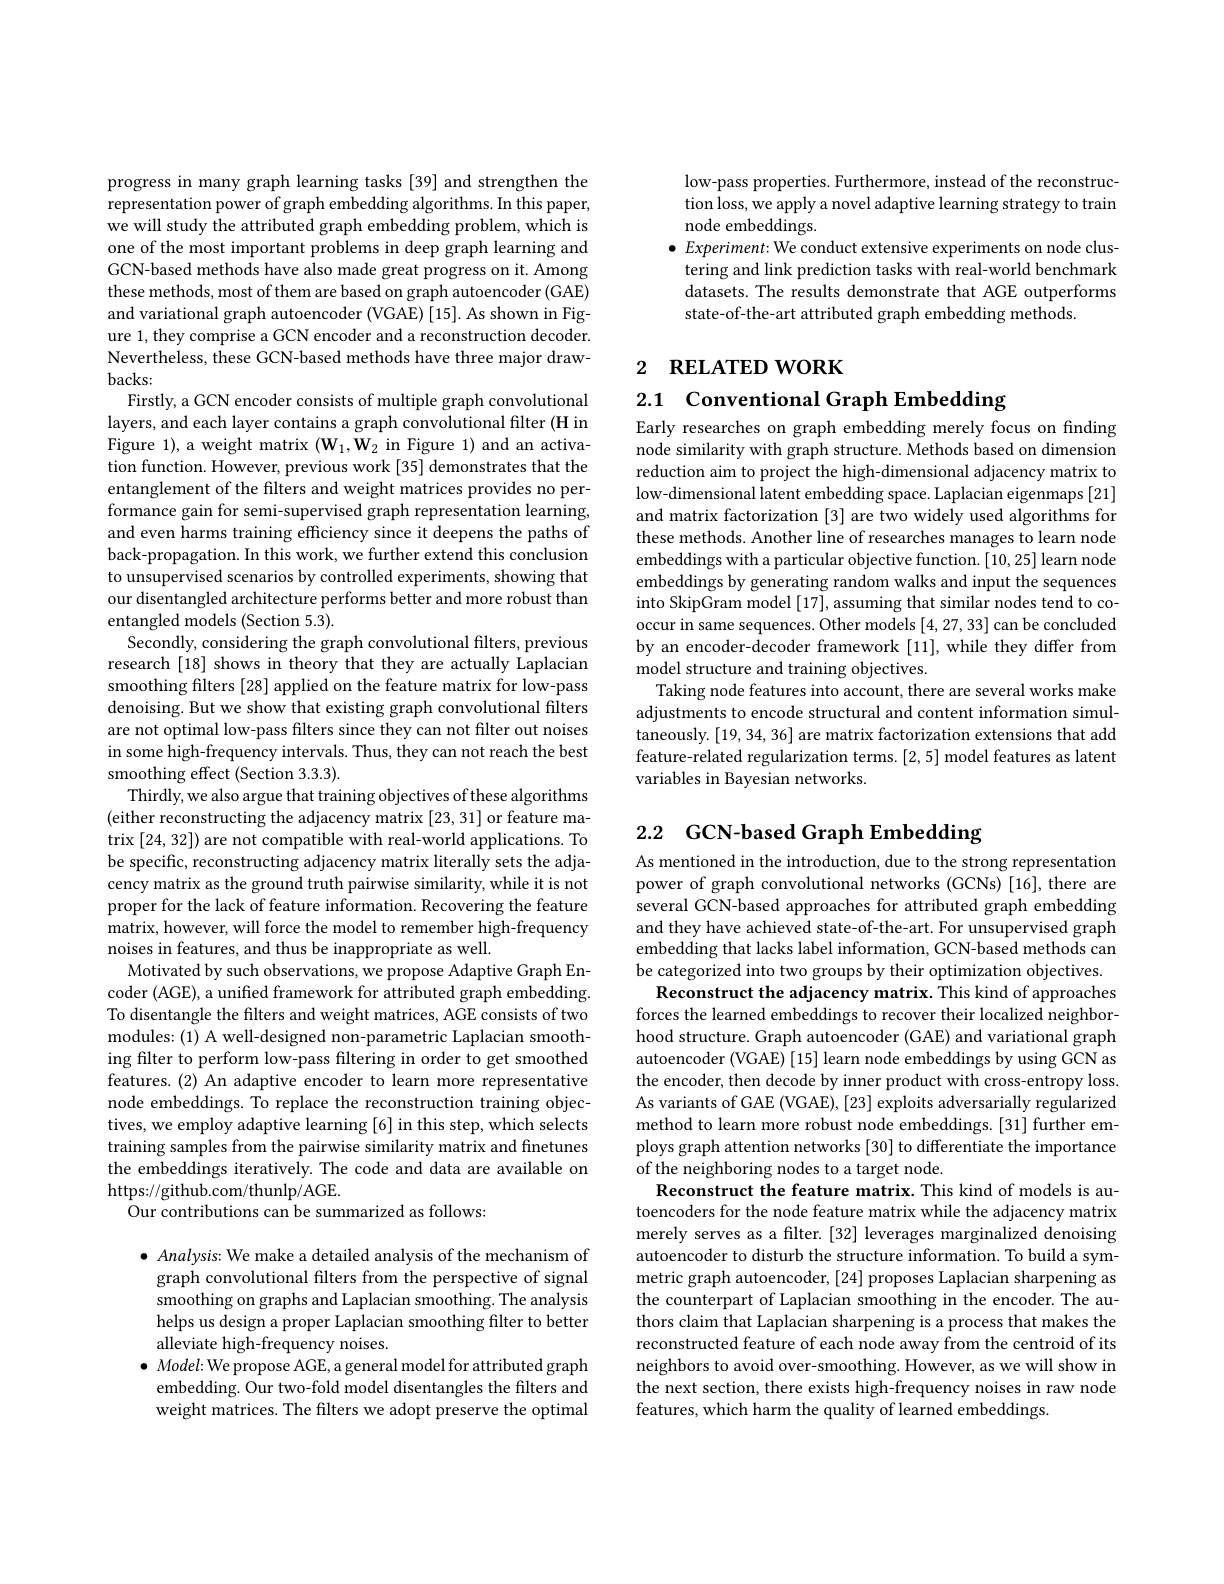
progress in many graph learning tasks [39] and strengthen the representation power of graph embedding algorithms. In this paper, we will study the attributed graph embedding problem, which is one of the most important problems in deep graph learning and GCN-based methods have also made great progress on it. Among these methods, most of them are based on graph autoencoder (GAE) and variational graph autoencoder (VGAE) [15]. As shown in Figure 1, they comprise a GCN encoder and a reconstruction decoder. Nevertheless, these GCN-based methods have three major draw- $backs:$
Firstly, a GCN encoder consists of multiple graph convolutional layers, and each layer contains a graph convolutional filter (H in Figure 1), a weight matrix $(\mathbf{W}_{1},\mathbf{W}_{2}$ in Figure 1) and an activation function. However, previous work [35] demonstrates that the entanglement of the filters and weight matrices provides no performance gain for semi-supervised graph representation learning, and even harms training efficiency since it deepens the paths of back-propagation. In this work, we further extend this conclusion to unsupervised scenarios by controlled experiments, showing that our disentangled architecture performs better and more robust than entangled models (Section 5.3).
Secondly, considering the graph convolutional filters, previous research [18] shows in theory that they are actually Laplacian smoothing filters [28] applied on the feature matrix for low-pass denoising. But we show that existing graph convolutional filters are not optimal low-pass filters since they can not filter out noises in some high-frequency intervals. Thus, they can not reach the best smoothing effect (Section 3.3.3).
Thirdly, we also argue that training objectives of these algorithms (either reconstructing the adjacency matrix [23,31] or feature matrix [24,32]) are not compatible with real-world applications. To be specific, reconstructing adjacency matrix literally sets the adjacency matrix as the ground truth pairwise similarity, while it is not proper for the lack of feature information. Recovering the feature matrix, however, will force the model to remember high-frequency noises in features, and thus be inappropriate as well.
Motivated by such observations, we propose Adaptive Graph Encoder (AGE), a unified framework for attributed graph embedding. To disentangle the filters and weight matrices, AGE consists of two modules: (1) A well-designed non-parametric Laplacian smoothing filter to perform low-pass filtering in order to get smoothed features. (2) An adaptive encoder to learn more representative node embeddings. To replace the reconstruction training objectives, we employ adaptive learning [6] in this step, which selects training samples from the pairwise similarity matrix and finetunes the embeddings iteratively. The code and data are available on https://github.com/thunlp/AGE.
Our contributions can be summarized as follows:

$\bullet$ Analysis: We make a detailed analysis of the mechanism of graph convolutional filters from the perspective of signal smoothing on graphs and Laplacian smoothing. The analysis helps us design a proper Laplacian smoothing filter to better $\bar{\text{alleviate high-frequency noises.}}$
$\bullet$ Model: We propose AGE, a general model for attributed graph embedding. Our two-fold model disentangles the filters and weight matrices. The filters we adopt preserve the optimal

low-pass properties. Furthermore, instead of the reconstruction loss, we apply a novel adaptive learning strategy to train node embeddings.
$\bullet$ Experiment: We conduct extensive experiments on node clustering and link prediction tasks with real-world benchmark datasets. The results demonstrate that AGE outperforms state-of-the-art attributed graph embedding methods

# 2 RELATED WORK

2.1 Conventional Graph Embedding

Early researches on graph embedding merely focus on fnding node similarity with graph structure. Methods based on dimension reduction aim to project the high-dimensional adjacency matrix to low-dimensional latent embedding space. Laplacian eigenmaps [21] and matrix factorization [3] are two widely used algorithms for these methods. Another line of researches manages to learn node embeddings with a particular objective function. [10,25] learn node embeddings by generating random walks and input the sequences into SkipGram model [17], assuming that similar nodes tend to cooccur in same sequences. Other models [4,27,33] can be concluded by an encoder-decoder framework [11], while they differ from model structure and training objectives.
Taking node features into account, there are several works make adjustments to encode structural and content information simultaneously. [19,34,36] are matrix factorization extensions that add feature-related regularization terms. [2,5] model features as latent variables in Bayesian networks.

# 2.2 GCN-based Graph Embedding

As mentioned in the introduction, due to the strong representation power of graph convolutional networks (GCNs) [16], there are several GCN-based approaches for attributed graph embedding and they have achieved state-of-the-art. For unsupervised graph embedding that lacks label information, GCN-based methods can be categorized into two groups by their optimization objectives.
Reconstruct the adjacency matrix. This kind of approaches forces the learned embeddings to recover their localized neighborhood structure. Graph autoencoder (GAE) and variational graph autoencoder (VGAE) [15] learn node embeddings by using GCN as the encoder, then decode by inner product with cross-entropy loss. As variants of GAE (VGAE), [23] exploits adversarially regularized method to learn more robust node embeddings. [31] further employs graph attention networks [30] to differentiate the importance of the neighboring nodes to a target node.
Reconstruct the feature matrix. This kind of models is autoencoders for the node feature matrix while the adjacency matrix merely serves as a filter. [32] leverages marginalized denoising autoencoder to disturb the structure information. To build a symmetric graph autoencoder, [24] proposes Laplacian sharpening as the counterpart of Laplacian smoothing in the encoder. The authors claim that Laplacian sharpening is a process that makes the reconstructed feature of each node away from the centroid of its neighbors to avoid over-smoothing. However, as we will show in the next section, there exists high-frequency noises in raw node features, which harm the quality of learned embeddings